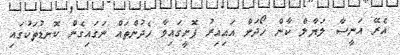
އެރޭ އަނީސާ ލަޔާލް ކާން ހޯދަން އައިއިރު ފޮށީގައިވާ ހެދުންތައް ނަގައިގެން ކޮނޑުތަކުގައި